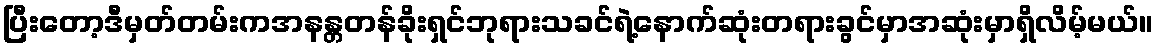
ပြီးတော့ဒီမှတ်တမ်းကအနန္တတန်ခိုးရှင်ဘုရားသခင်ရဲ့နောက်ဆုံးတရားခွင်မှာအဆုံးမှာရှိလိမ့်မယ်။